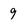
Character: 9